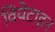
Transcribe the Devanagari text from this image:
वियेंटाइन